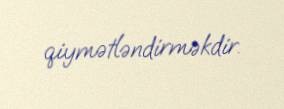
qiymətləndirməkdir.